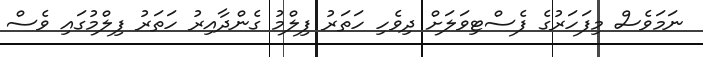
ނަމަވެސް މިފަހަރުގެ ފެސްޓިވަލަށް ދިވެހި ހަތަރު ފިލްމު ގެންދާއިރު ހަތަރު ފިލްމުގައި ވެސް